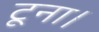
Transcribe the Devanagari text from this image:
टूना।